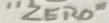
Text: "ZERO"